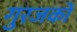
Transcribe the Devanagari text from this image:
गुरजकों